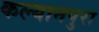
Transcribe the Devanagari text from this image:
कल्यानपुरा